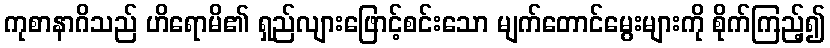
ကုစာနာဂိသည် ဟိရောမိ၏ ရှည်လျားဖြောင့်စင်းသော မျက်တောင်မွေးများကို စိုက်ကြည့်၍